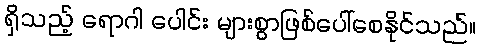
ရှိသည့် ရောဂါ ပေါင်း များစွာဖြစ်ပေါ်စေနိုင်သည်။